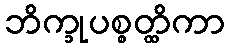
ဘိက္ခုပစ္စတ္ထိကာ